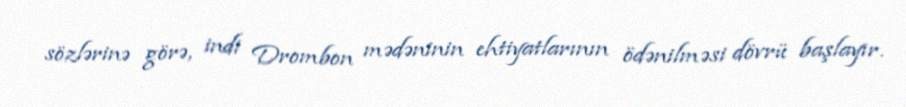
sözlərinə görə, indi Drombon mədəninin ehtiyatlarının ödənilməsi dövrü başlayır.